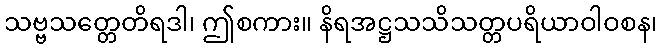
သဗ္ဗသတ္တေတိရဒါ၊ ဤစကား။ နိရအဋ္ဌသသိသတ္တပရိယာဝါဝစန၊